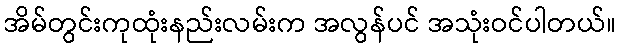
အိမ်တွင်းကုထုံးနည်းလမ်းက အလွန်ပင် အသုံးဝင်ပါတယ်။